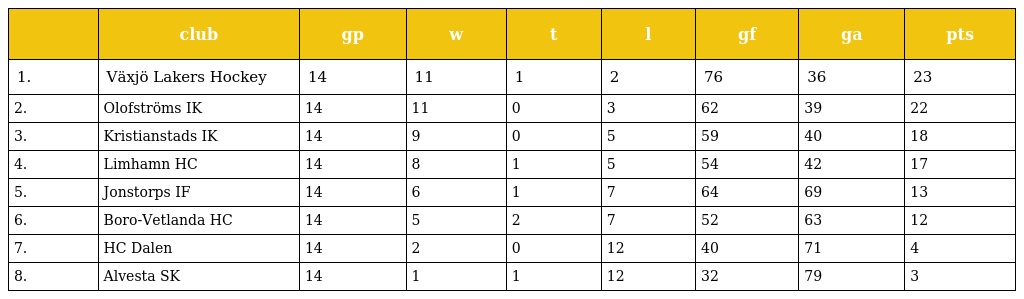
|  | club | gp | w | t | l | gf | ga | pts |
 | --- | --- | --- | --- | --- | --- | --- | --- | --- |
 | 1. | Växjö Lakers Hockey | 14 | 11 | 1 | 2 | 76 | 36 | 23 |
 | 2. | Olofströms IK | 14 | 11 | 0 | 3 | 62 | 39 | 22 |
 | 3. | Kristianstads IK | 14 | 9 | 0 | 5 | 59 | 40 | 18 |
 | 4. | Limhamn HC | 14 | 8 | 1 | 5 | 54 | 42 | 17 |
 | 5. | Jonstorps IF | 14 | 6 | 1 | 7 | 64 | 69 | 13 |
 | 6. | Boro-Vetlanda HC | 14 | 5 | 2 | 7 | 52 | 63 | 12 |
 | 7. | HC Dalen | 14 | 2 | 0 | 12 | 40 | 71 | 4 |
 | 8. | Alvesta SK | 14 | 1 | 1 | 12 | 32 | 79 | 3 |